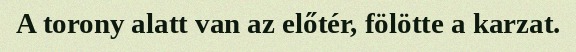
A torony alatt van az előtér, fölötte a karzat.